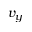
v _ { y }